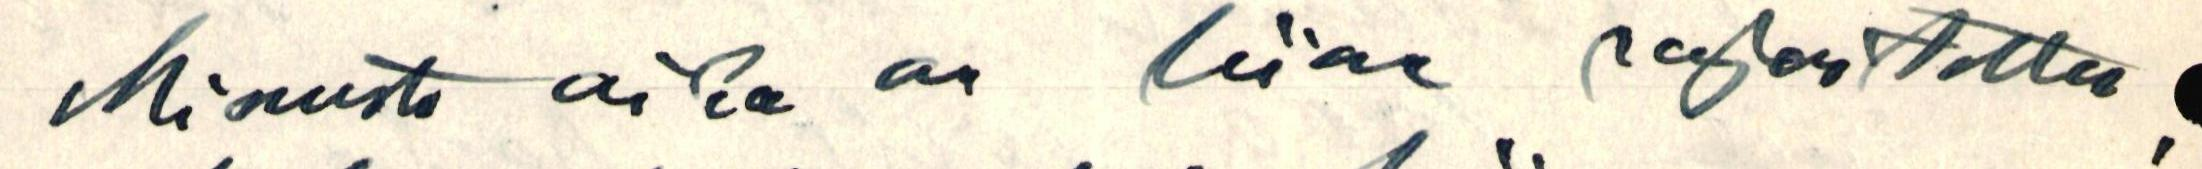
Minusta aika on liian rajoitettu,